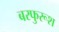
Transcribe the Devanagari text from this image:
बरफुरूश